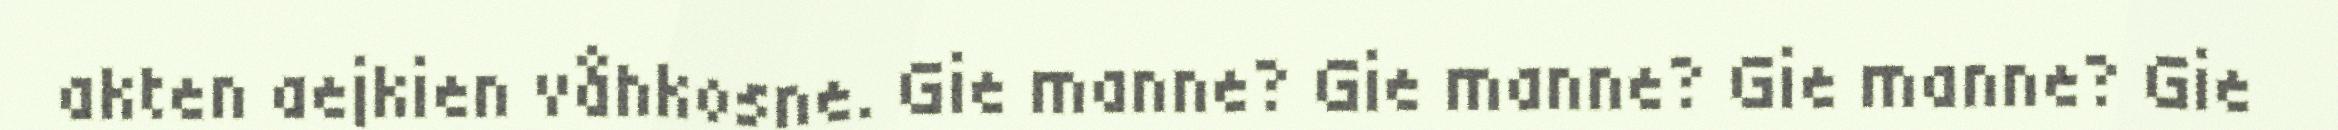
akten aejkien våhkosne. Gie manne? Gie manne? Gie manne? Gie